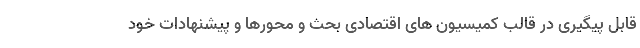
قابل پیگیری در قالب کمیسیون های اقتصادی بحث و محورها و پیشنهادات خود